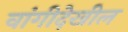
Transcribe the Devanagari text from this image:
वांगीदेखील